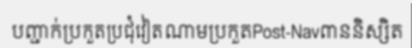
បញ្ជាក់ប្រកួតប្រជុំវៀតណាមប្រកួតPost-Navពាននិស្សិត